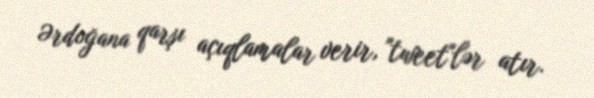
Ərdoğana qarşı açıqlamalar verir, "tweet"lər atır.